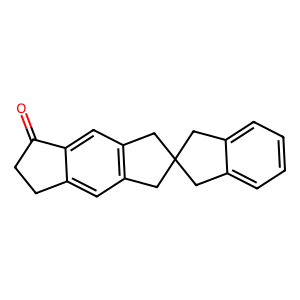
SMILES: O=C1CCc2cc3c(cc21)CC1(Cc2ccccc2C1)C3
Inhibits HIV replication: No